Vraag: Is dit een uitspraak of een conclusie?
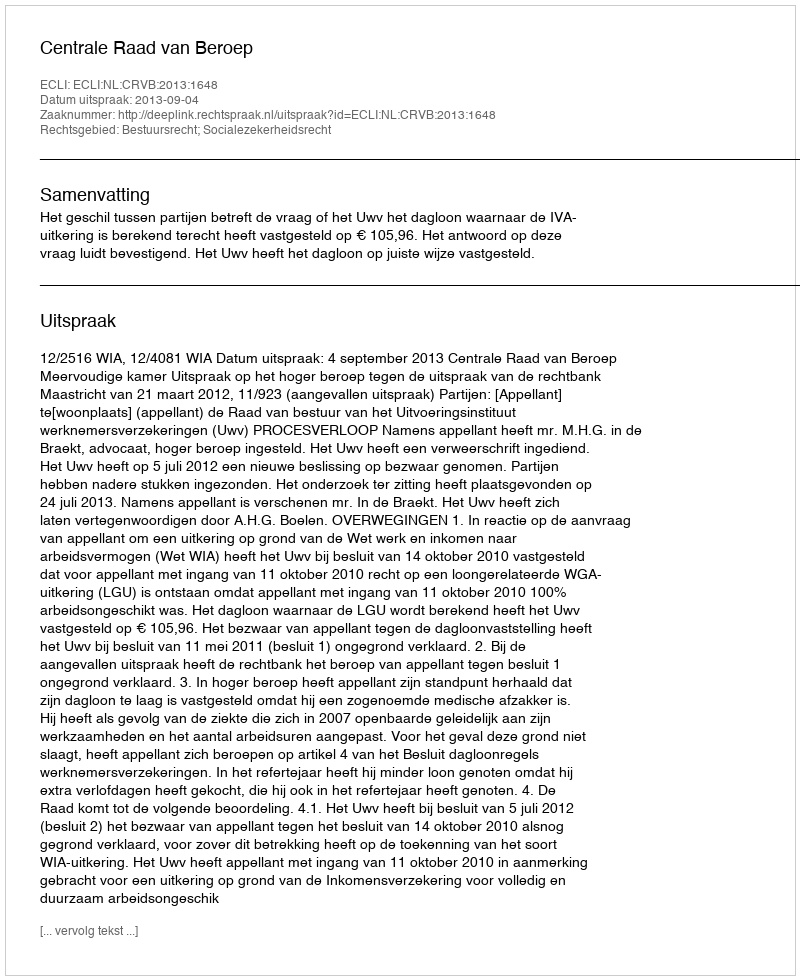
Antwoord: Uitspraak